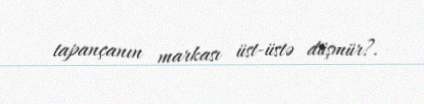
tapançanın markası üst-üstə düşmür?.